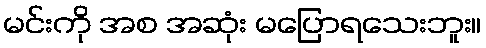
မင်းကို အစ အဆုံး မပြောရသေးဘူး။